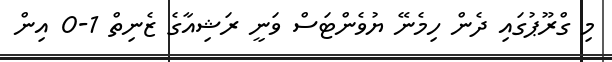
މި ގްރޫޕުގައި ދެން ހިމެނޭ ޔުވެންޓަސް ވަނީ ރަޝިއާގެ ޒެނިތް 1-0 އިން